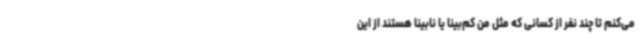
می‌کنم تا چند نفر از کسانی که مثل من کم‌بینا یا نابینا هستند از این